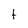
Character: t